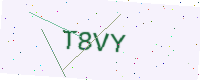
Text: T8VY